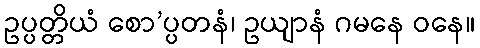
ဥပ္ပတ္တိယံ စော’ပ္ပတနံ၊ ဥယျာနံ ဂမနေ ဝနေ။